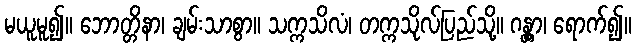
မယူမူ၍။ ဘောတ္တိနာ၊ ချမ်းသာစွာ။ သက္ကသိလံ၊ တက္ကသိုလ်ပြည်သို့။ ဂန္တွာ၊ ရောက်၍။